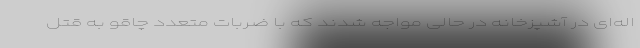
اله‌ای در آشپزخانه در حالی مواجه شدند که با ضربات متعدد چاقو به قتل